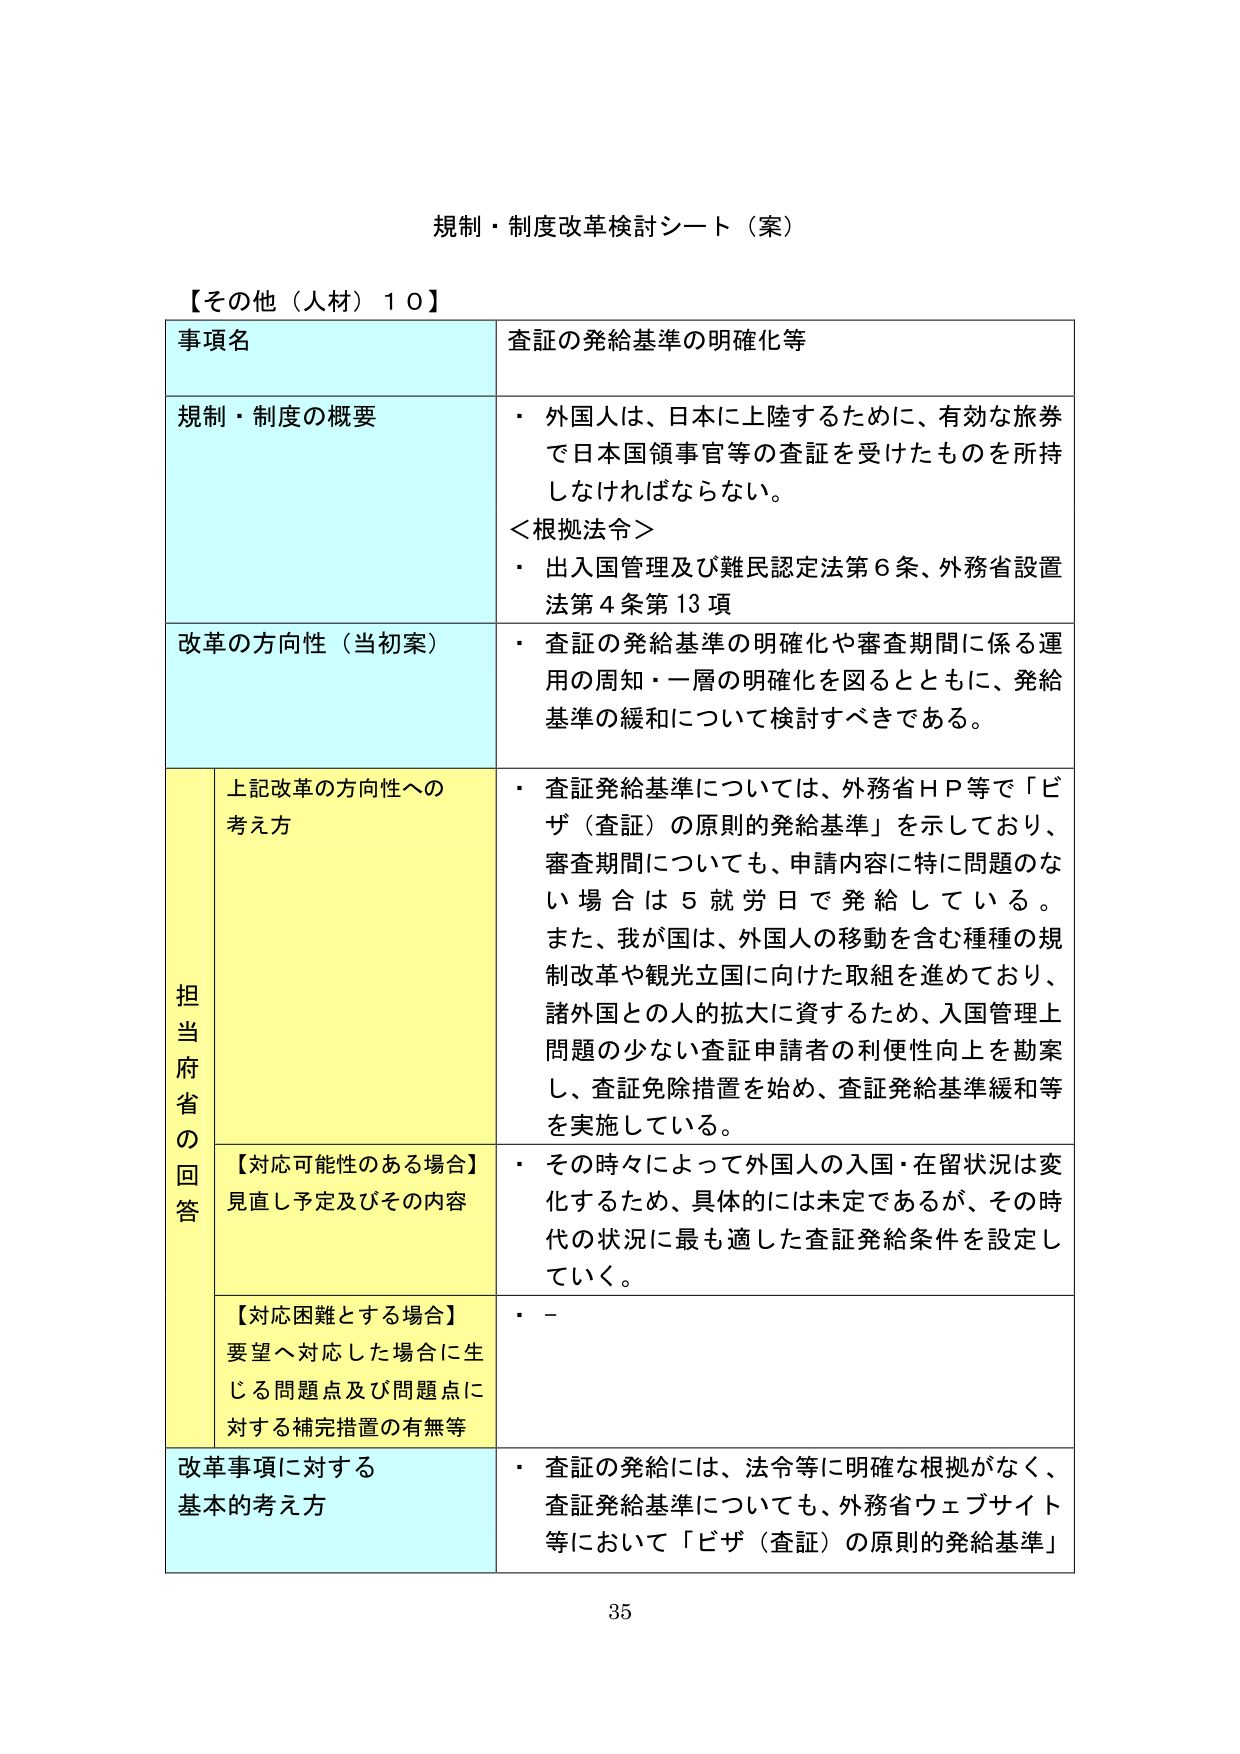
規制・制度改革検討シート（案）

【その他（人材）１０】

事項名　　査証の発給基準の明確化等

規制・制度の概要
・外国人は、日本に上陸するために、有効な旅券で日本国領事官等の査証を受けたものを所持しなければならない。
＜根拠法令＞
・出入国管理及び難民認定法第６条、外務省設置法第４条第13項

改革の方向性（当初案）
・査証の発給基準の明確化や審査期間に係る運用の周知・一層の明確化を図るとともに、発給基準の緩和について検討すべきである。

担当府省の回答

上記改革の方向性への考え方
・査証発給基準については、外務省ＨＰ等で「ビザ（査証）の原則的発給基準」を示しており、審査期間についても、申請内容に特に問題のない場合は５就労日で発給している。また、我が国は、外国人の移動を含む種種の規制改革や観光立国に向けた取組を進めており、諸外国との人的拡大に資するため、入国管理上問題の少ない査証申請者の利便性向上を勘案し、査証免除措置を始め、査証発給基準緩和等を実施している。

【対応可能性のある場合】
見直し予定及びその内容
・その時々によって外国人の入国・在留状況は変化するため、具体的には未定であるが、その時代の状況に最も適した査証発給条件を設定していく。

【対応困難とする場合】
要望へ対応した場合に生じる問題点及び問題点に対する補完措置の有無等
・－

改革事項に対する基本的考え方
・査証の発給には、法令等に明確な根拠がなく、査証発給基準についても、外務省ウェブサイト等において「ビザ（査証）の原則的発給基準」

35